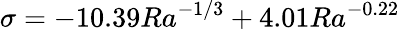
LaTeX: \sigma=-10.39Ra^{-1/3}+4.01Ra^{-0.22}